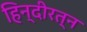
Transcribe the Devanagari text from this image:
हिन्दीरत्न